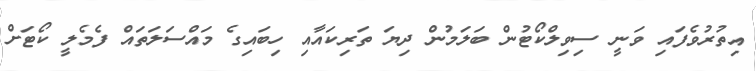
އިތުރުވެފައި ވަނީ ސިވިލްކޯޓުން ބަލަމުން ދިޔަ ތަރިކައާއި ހިބައިގެ މައްސަލަތައް ފެމެލީ ކޯޓަށް